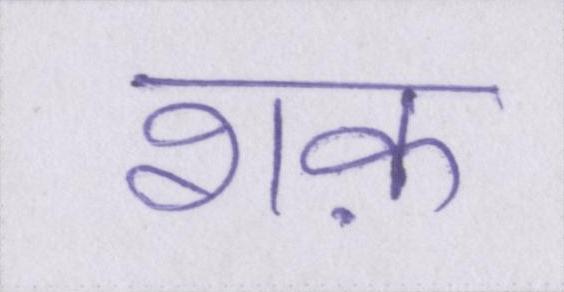
शक़